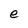
Character: e